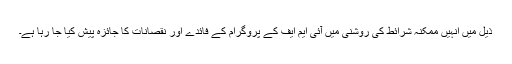
ذیل میں انہیں ممکنہ شرائط کی روشنی میں آئی ایم ایف کے پروگرام کے فائدے اور نقصانات کا جائزہ پیش کیا جا رہا ہے۔